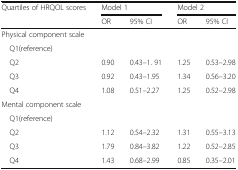
| Quartiles of HRQOL scores | <COLSPAN=2> Model 1 | <COLSPAN=2> Model 2 |
 |  | OR | 95% CI | OR | 95% CI |
 | --- | --- | --- | --- | --- |
 | <COLSPAN=5> Physical component scale |
 | <COLSPAN=5> Q1(reference) |
 | Q2 | 0.90 | 0.43–1. 91 | 1.25 | 0.53–2.98 |
 | Q3 | 0.92 | 0.43–1.95 | 1.34 | 0.56–3.20 |
 | Q4 | 1.08 | 0.51–2.27 | 1.25 | 0.52–2.98 |
 | <COLSPAN=5> Mental component scale |
 | <COLSPAN=5> Q1(reference) |
 | Q2 | 1.12 | 0.54–2.32 | 1.31 | 0.55–3.13 |
 | Q3 | 1.79 | 0.84–3.82 | 1.22 | 0.52–2.85 |
 | Q4 | 1.43 | 0.68–2.99 | 0.85 | 0.35–2.01 |